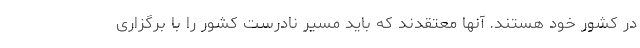
در کشور خود هستند. آنها معتقدند که باید مسیر نادرست کشور را با برگزاری